65_HS1-834228961_62-HQ-83894_Section_2
Agency: FBI
Page 3
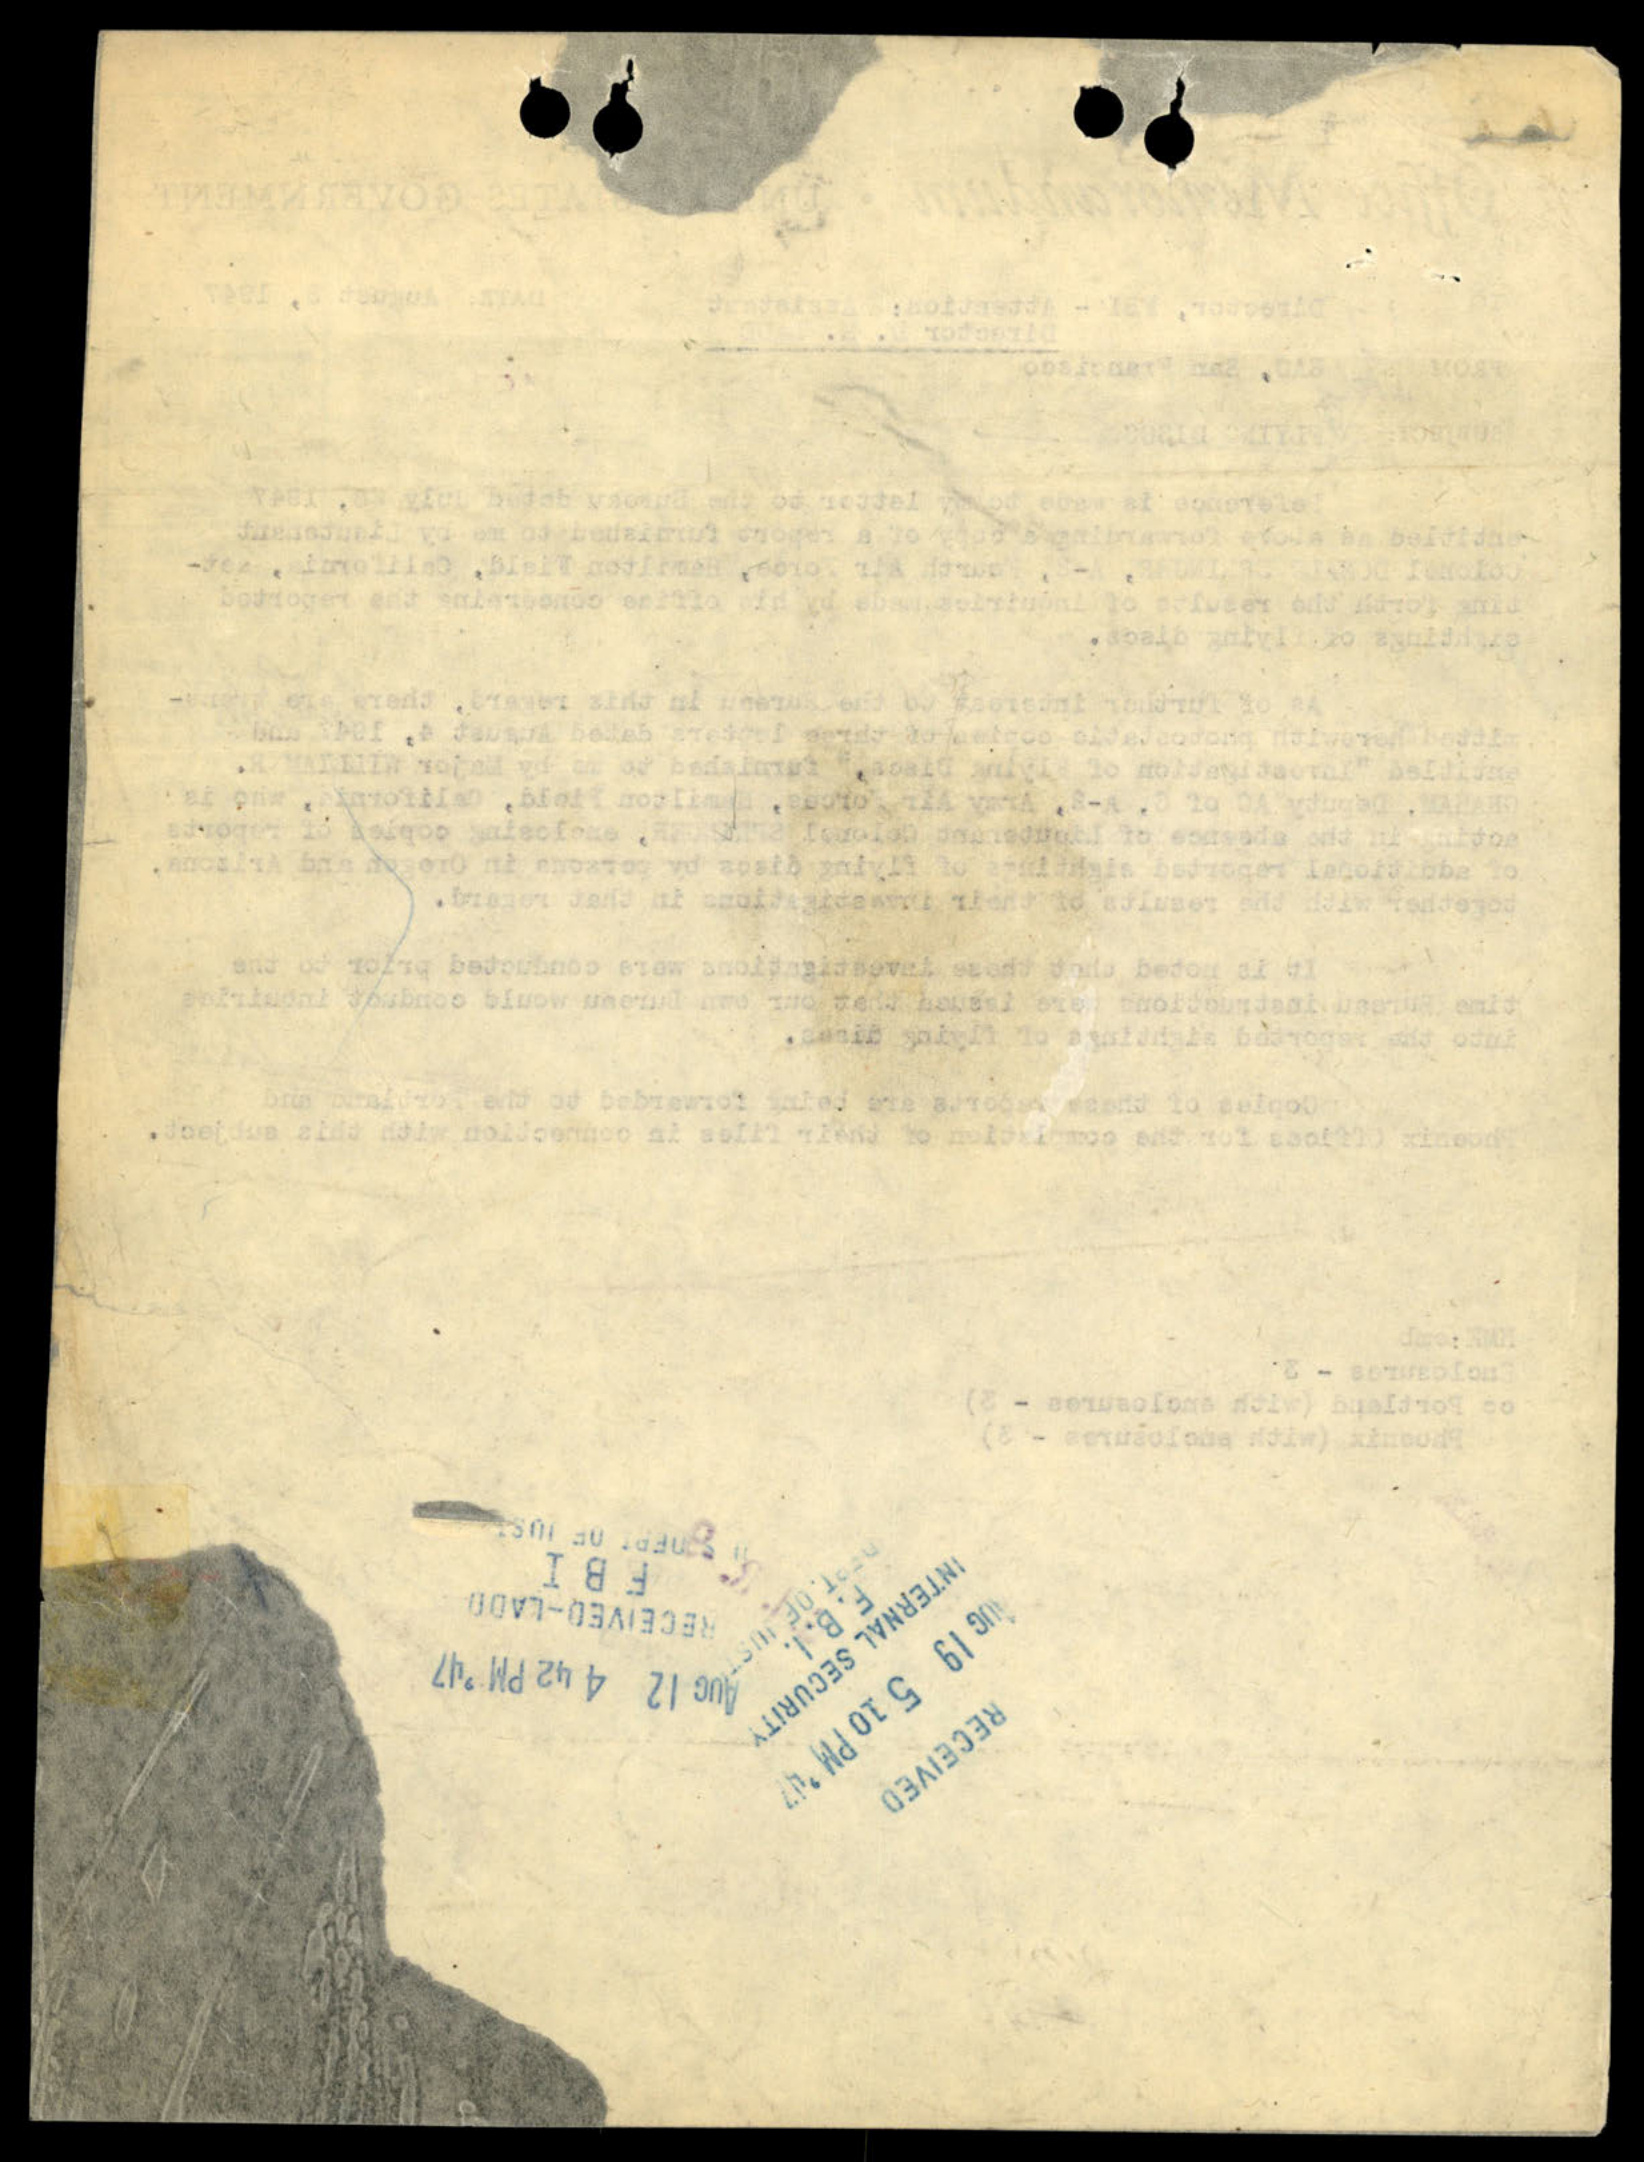